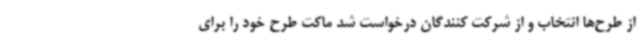
از طرح‌ها انتخاب و از شرکت کنندگان درخواست شد ماکت طرح خود را برای